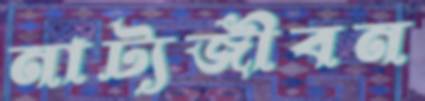
নাট্যজীবন